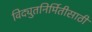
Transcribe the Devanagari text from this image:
विद्युतनिर्मितीसाठी